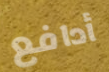
أدافع